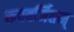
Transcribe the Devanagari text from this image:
रूपवर्जितम्